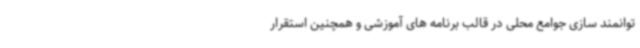
توانمند سازی جوامع محلی در قالب برنامه های آموزشی و همچنین استقرار